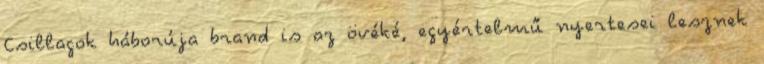
Csillagok háborúja brand is az övéké, egyértelmű nyertesei lesznek